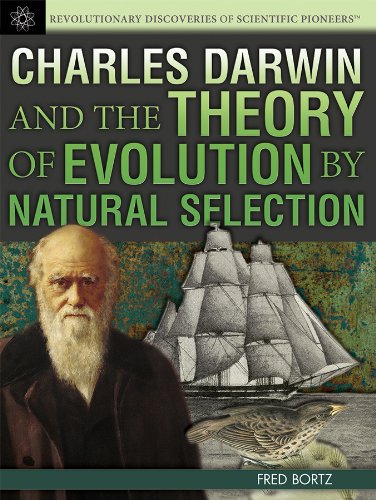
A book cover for Charles Darwin and the Theory of Evolution by Natural Selection (Revolutionary Discoveries of Scientific Pioneers); Fred Bortz; Teen & Young Adult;